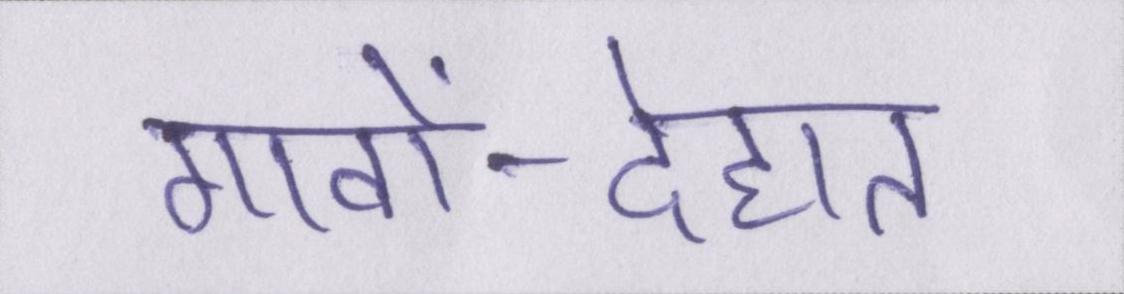
गावों-देहात